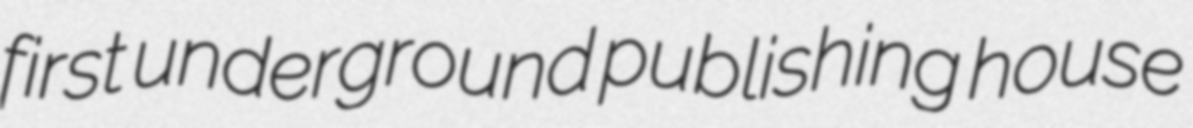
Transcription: first underground publishing house